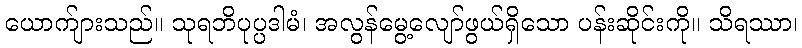
ယောက်ျားသည်။ သုရဘိပုပ္ပဒါမံ၊ အလွန်မွေ့လျော်ဖွယ်ရှိသော ပန်းဆိုင်းကို။ သိရဿာ၊